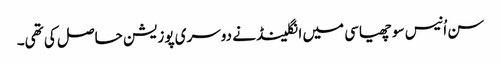
سن اُنیس سو چھیاسی میں انگلینڈ نے دوسری پوزیشن حاصل کی تھی۔